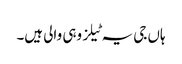
ہاں جی یہ ٹیلز وہی والی ہیں۔